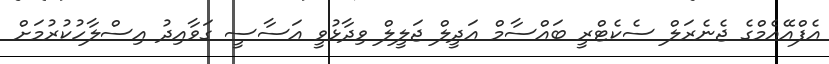
އެފްއޭއެމްގެ ޖެނެރަލް ސެކެޓްރީ ބައްސާމް އަދީލް ޖަލީލް ވިދާޅުވީ އަސާސީ ގަވާއިދު އިސްލާހުކުރުމަށް